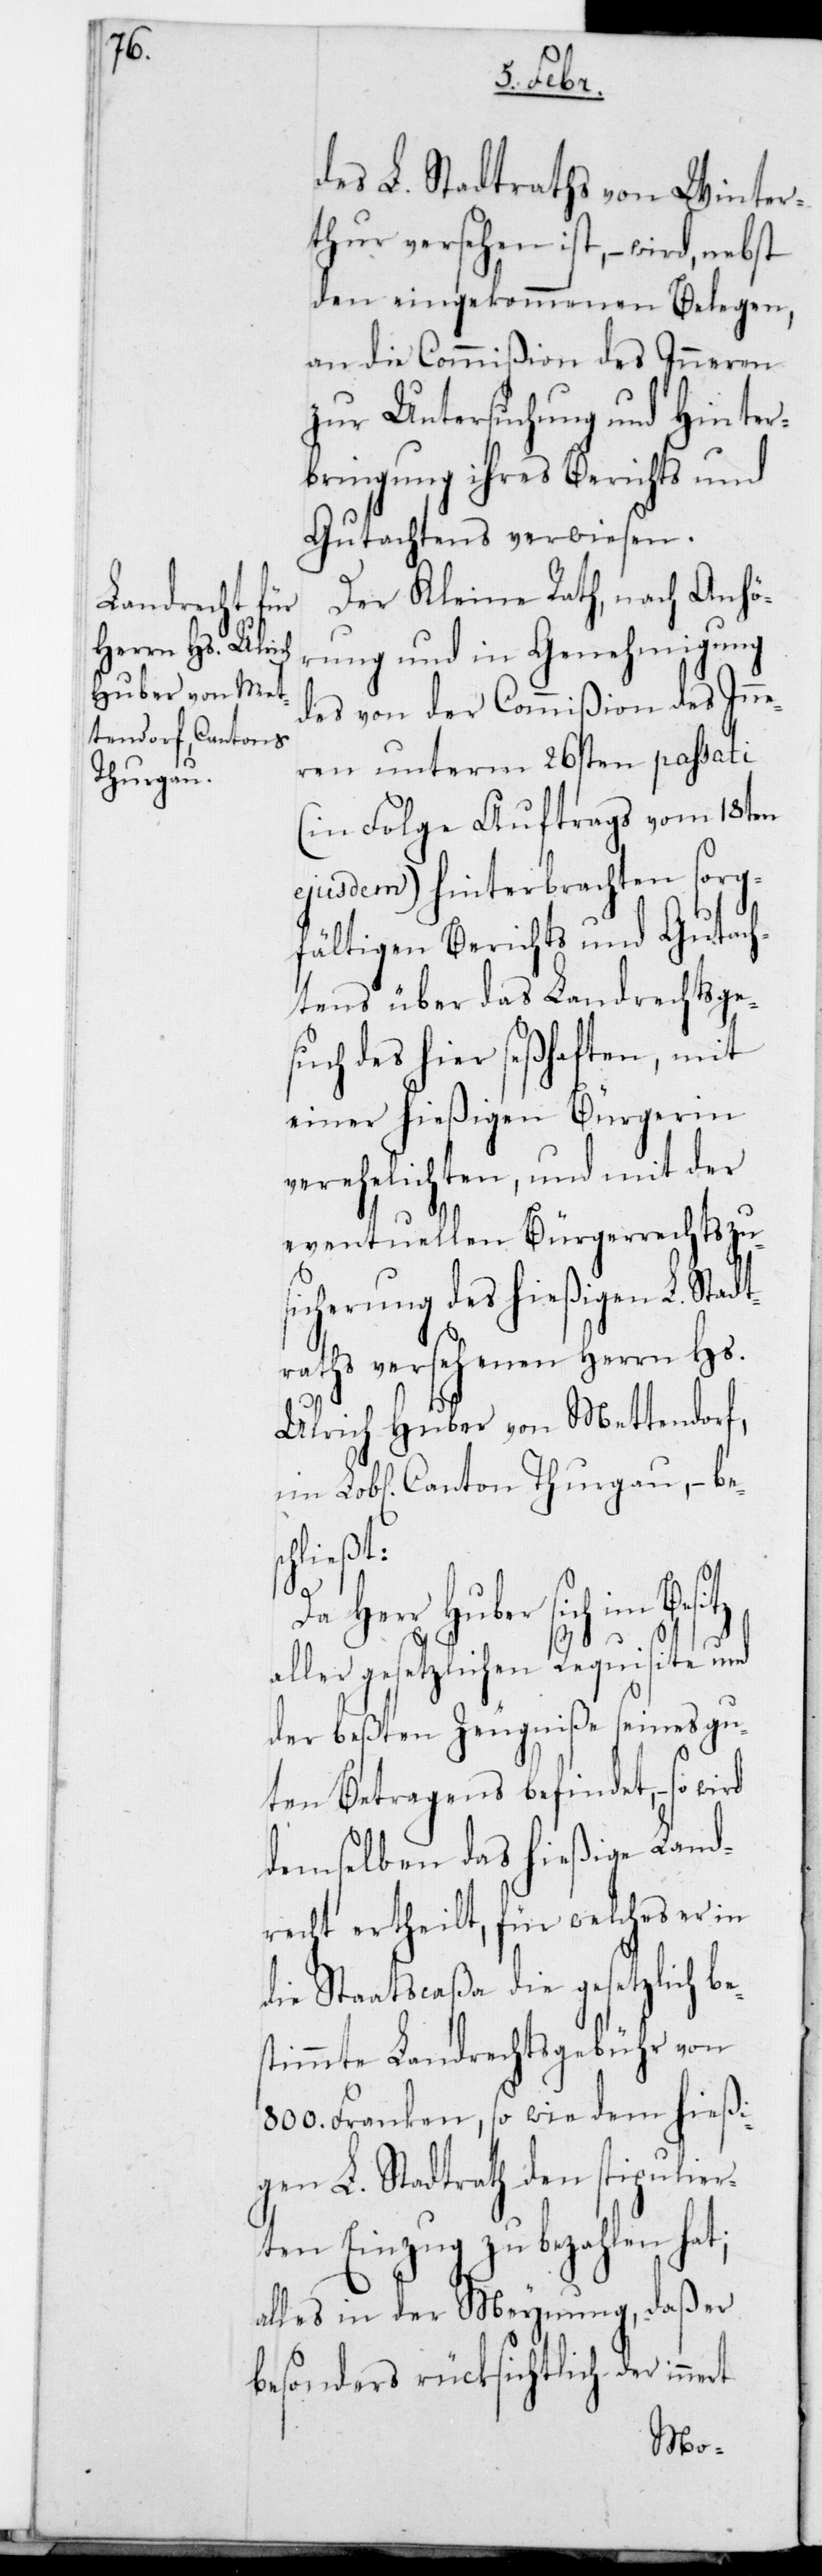
des L. Stadtraths von Winter¬
thur versehen ist, – wird nebst
den eingekommenen Belegen,
an die Commißion des Inneren
zur Untersuchung und Hinter¬
bringung ihres Berichts und
Gutachtens verwiesen.
Der Kleine Rath, nach Anhö¬
rung und in Genehmigung
des von der Commißion des Inne¬
ren unterm 26sten passati
(in Folge Auftrags vom 18ten
ejusdem) hinterbrachten sorg¬
fältigen Berichts und Gutach¬
tens über das Landrechtsges¬
uch des hier seßhaften, mit
einer hießigen Bürgerin
verehelichten, und mit der
eventuellen Bürgerrechts-Zu¬
sicherung des hießigen L. Stadt¬
raths versehenen Herrn Hs.
Ulrich Huber von Mettendorf,
im Lobl. Canton Thurgau, – bes¬
chließt:
Herr Huber sich im
aller gesetzlichen Requisite und
der beßten Zeugniße seines gu¬
ten Betragens befindet, – so
demselben das hießige Land¬
recht ertheilt, für welches er in
die Staatscaßa die gesetzlich b¬
stimmte Landrechtsgebühr von
800. Franken, sowie dem hießi¬
gen L. Stadtrath den stipulier¬
ten Einzug zu bezahlen hat;
alles in der Meynung, daß er
besonders rücksichtlich der
e¬